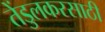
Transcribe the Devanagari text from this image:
तेंडुलकरसाठी